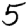
Digit: 5